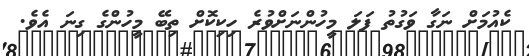
ކެއުމަށް ނަގާ ވަގުތު ފަލަ މީހުންނަށްވުރެ ހިކިކޮށް ތިބޭ މީހުންގެ ގިނަ އެވެ.